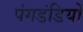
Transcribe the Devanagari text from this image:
पंगडंडियों